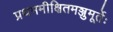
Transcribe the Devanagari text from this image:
प्रथममीक्षितमञ्जुमूर्तेः